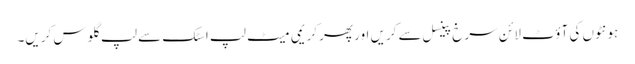
ہو نٹوں کی آؤٹ لا ئن سرخ پینسل سے کریں اور پھر کریمی میٹ لپ اسٹک سے لپ گلو س کریں۔